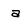
Character: a